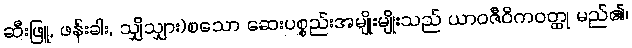
ဆီးဖြူ, ဖန်းခါး, သျှိသျှား)စသော ဆေးပစ္စည်းအမျိုးမျိုးသည် ယာဝဇီဝိကဝတ္ထု မည်၏၊